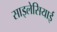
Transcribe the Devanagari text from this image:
साइलेसियाई